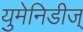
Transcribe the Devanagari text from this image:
युमेनिडीज्‌